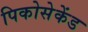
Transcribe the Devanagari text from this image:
पिकोसेकेंड